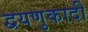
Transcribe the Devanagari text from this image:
द्वयणुकादी